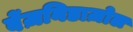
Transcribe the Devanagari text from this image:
बेंज़निडाज़ोल